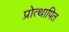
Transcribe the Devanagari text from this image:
प्रोत्थापित